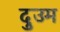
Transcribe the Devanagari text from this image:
दुउम